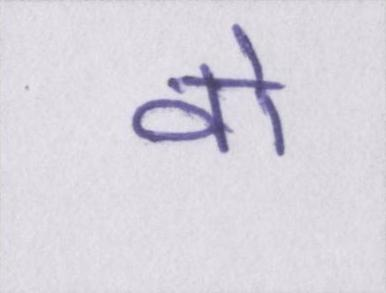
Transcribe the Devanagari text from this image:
वो